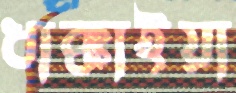
ধাক্কাইয়া